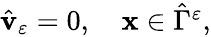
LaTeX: \begin{array}{r}{\hat{\mathbf v}_{\varepsilon}=0,\quad\mathbf x\in{\hat{\Gamma}}^{\varepsilon},}\end{array}